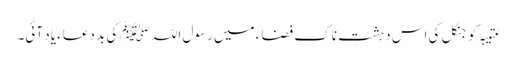
عتیبہ کو جنگل کی اس دہشت ناک فضاء میں رسول اللہ ﷺ کی بد دعاء یاد آئی۔